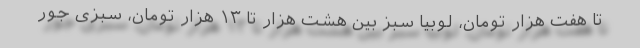
تا هفت هزار تومان، لوبیا سبز بین هشت هزار تا ۱۳ هزار تومان، سبزی جور